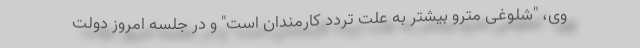
وی، "شلوغی مترو بیشتر به علت تردد کارمندان است" و در جلسه امروز دولت